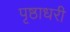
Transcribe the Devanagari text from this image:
पृष्ठाधरी